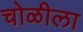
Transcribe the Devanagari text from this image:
चोळीला